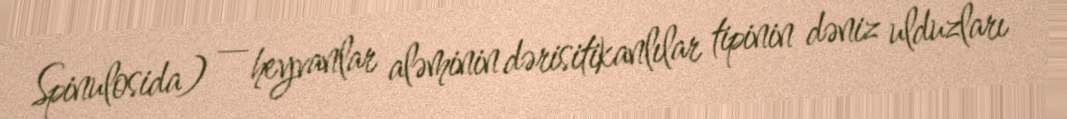
Spinulosida) — heyvanlar aləminin dərisitikanlılar tipinin dəniz ulduzları